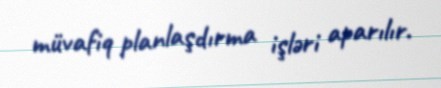
müvafiq planlaşdırma işləri aparılır.